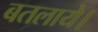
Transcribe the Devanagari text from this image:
बतलाये।